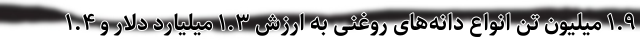
۱.۹ میلیون تن انواع دانه‌های روغنی به ارزش ۱.۳ میلیارد دلار و ۱.۴